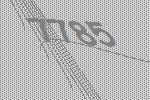
7785